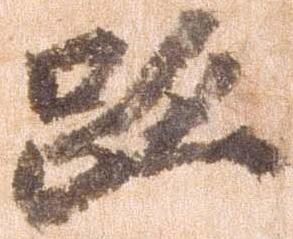
跡